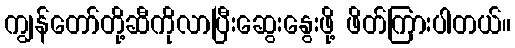
ကျွန်တော်တို့ဆီကိုလာပြီးဆွေးနွေးဖို့ ဖိတ်ကြားပါတယ်။